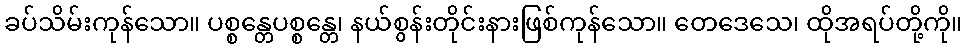
ခပ်သိမ်းကုန်သော။ ပစ္စန္တေပစ္စန္တေ၊ နယ်စွန်းတိုင်းနားဖြစ်ကုန်သော။ တေဒေသေ၊ ထိုအရပ်တို့ကို။